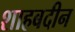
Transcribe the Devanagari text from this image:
शाहबदीन